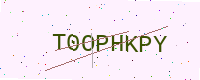
Text: T0OPHKPY